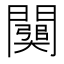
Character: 𨶥